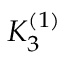
K _ { 3 } ^ { ( 1 ) }